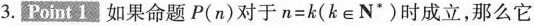
3.Point1如果命题P(n)对于$$n = k$$(k∈N^{*})时成立，那么它